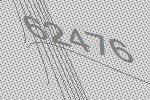
62476